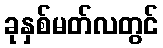
ခုနှစ်မတ်လတွင်